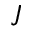
\jmath